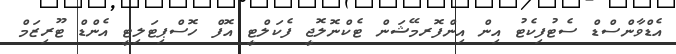
އެޑްވާންސްޑް ސެޓުފިކެޓު އިން އިންފޮރމޭޝަން ޓެކްނޮލޮޖީ ފެކަލްޓީ އޮފް ހޮސްޕިޓަލިޓީ އެންޑް ޓޫރިޒަމް